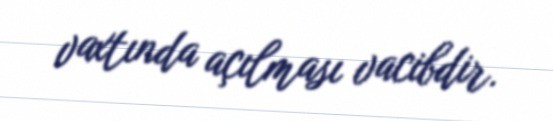
vaxtında açılması vacibdir.